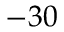
- 3 0